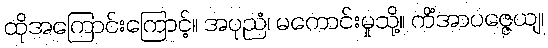
ထိုအကြောင်းကြောင့်။ အပုညံ၊ မကောင်းမှုသို့။ ကိံအာပဇ္ဇေယျ၊